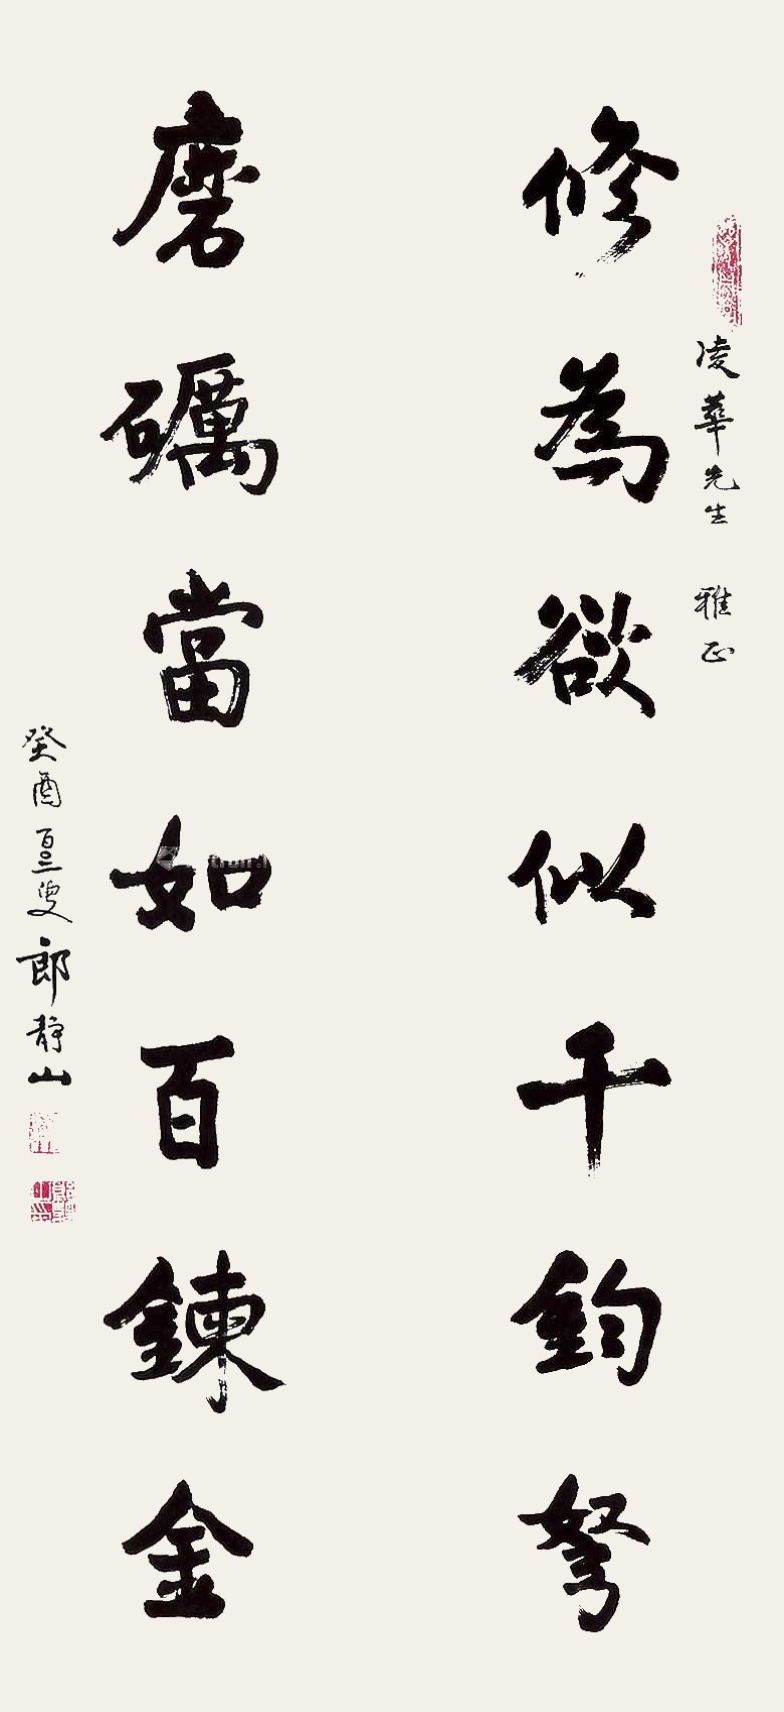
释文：修为欲似千钧弩，磨砺当如百炼金。凌华先生雅正，癸酉百三叟郎静山。